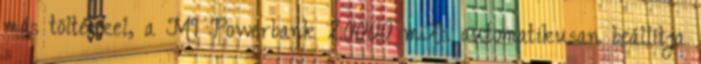
más töltékkel, a MI Powerbank 20000 mAh automatikusan beállítja